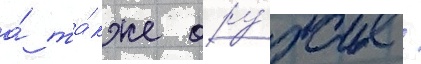
а́ та́кже ору́жие /